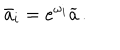
LaTeX: \bar { a } _ { i } = e ^ { \omega _ { i } } \widetilde { a } \, .